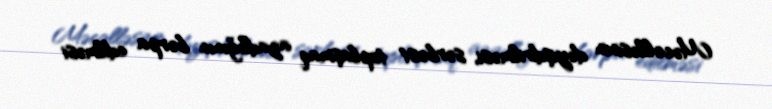
Məcəlləsinin dəyişdirilməsi, sərbəst toplaşmaq azadlığının bərpa edilməsi